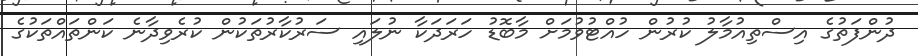
ދުންފަތުގެ އިސްތިއުމާލު ކުރުން ހުއްޓުވުމަށް މާބޮޑު ހަރަދަކާ ނުލައި ސަރުކާރުތަކުން ކުރެވިދާނެ ކަންތައްތަކުގެ